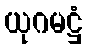
ယုဂမဋ္ဌံ